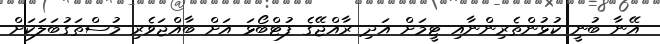
އޭނާ ބުނީ ކުޅުންތެރިންނާއި ޓީމަށް އަދި ރާއްޖޭގެ ފުޓްބޯޅަ އަށް ބާއްޖަވެރި މުސްތަގުބަލަކަށް